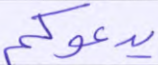
يدعوكم